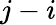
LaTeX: j-i